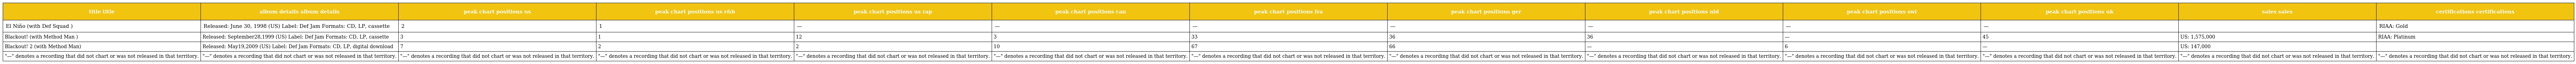
| title title | album details album details | peak chart positions us | peak chart positions us r&b | peak chart positions us rap | peak chart positions can | peak chart positions fra | peak chart positions ger | peak chart positions nld | peak chart positions swi | peak chart positions uk | sales sales | certifications certifications |
 | --- | --- | --- | --- | --- | --- | --- | --- | --- | --- | --- | --- | --- |
 | El Niño (with Def Squad ) | Released: June 30, 1998 (US) Label: Def Jam Formats: CD, LP, cassette | 2 | 1 | — | — | — | — | — | — | — |  | RIAA: Gold |
 | Blackout! (with Method Man ) | Released: September28,1999 (US) Label: Def Jam Formats: CD, LP, cassette | 3 | 1 | 12 | 3 | 33 | 36 | 36 | — | 45 | US: 1,575,000 | RIAA: Platinum |
 | Blackout! 2 (with Method Man) | Released: May19,2009 (US) Label: Def Jam Formats: CD, LP, digital download | 7 | 2 | 2 | 10 | 67 | 66 | — | 6 | — | US: 147,000 |  |
 | "—" denotes a recording that did not chart or was not released in that territory. | "—" denotes a recording that did not chart or was not released in that territory. | "—" denotes a recording that did not chart or was not released in that territory. | "—" denotes a recording that did not chart or was not released in that territory. | "—" denotes a recording that did not chart or was not released in that territory. | "—" denotes a recording that did not chart or was not released in that territory. | "—" denotes a recording that did not chart or was not released in that territory. | "—" denotes a recording that did not chart or was not released in that territory. | "—" denotes a recording that did not chart or was not released in that territory. | "—" denotes a recording that did not chart or was not released in that territory. | "—" denotes a recording that did not chart or was not released in that territory. | "—" denotes a recording that did not chart or was not released in that territory. | "—" denotes a recording that did not chart or was not released in that territory. |